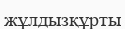
жұлдызқұрты